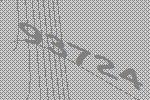
93724